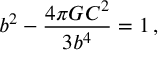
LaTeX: b ^ { 2 } - { \frac { 4 \pi G C ^ { 2 } } { 3 b ^ { 4 } } } = 1 \, ,